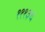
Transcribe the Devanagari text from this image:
१११३६